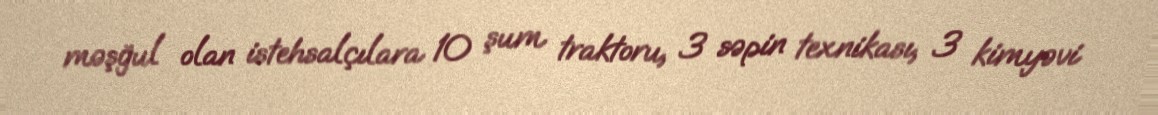
məşğul olan istehsalçılara 10 şum traktoru, 3 səpin texnikası, 3 kimyəvi